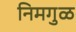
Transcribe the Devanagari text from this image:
निमगुळ